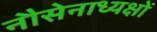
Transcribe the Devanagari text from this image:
नौसेनाध्यक्षों